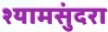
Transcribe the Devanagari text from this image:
श्यामसुंदरा